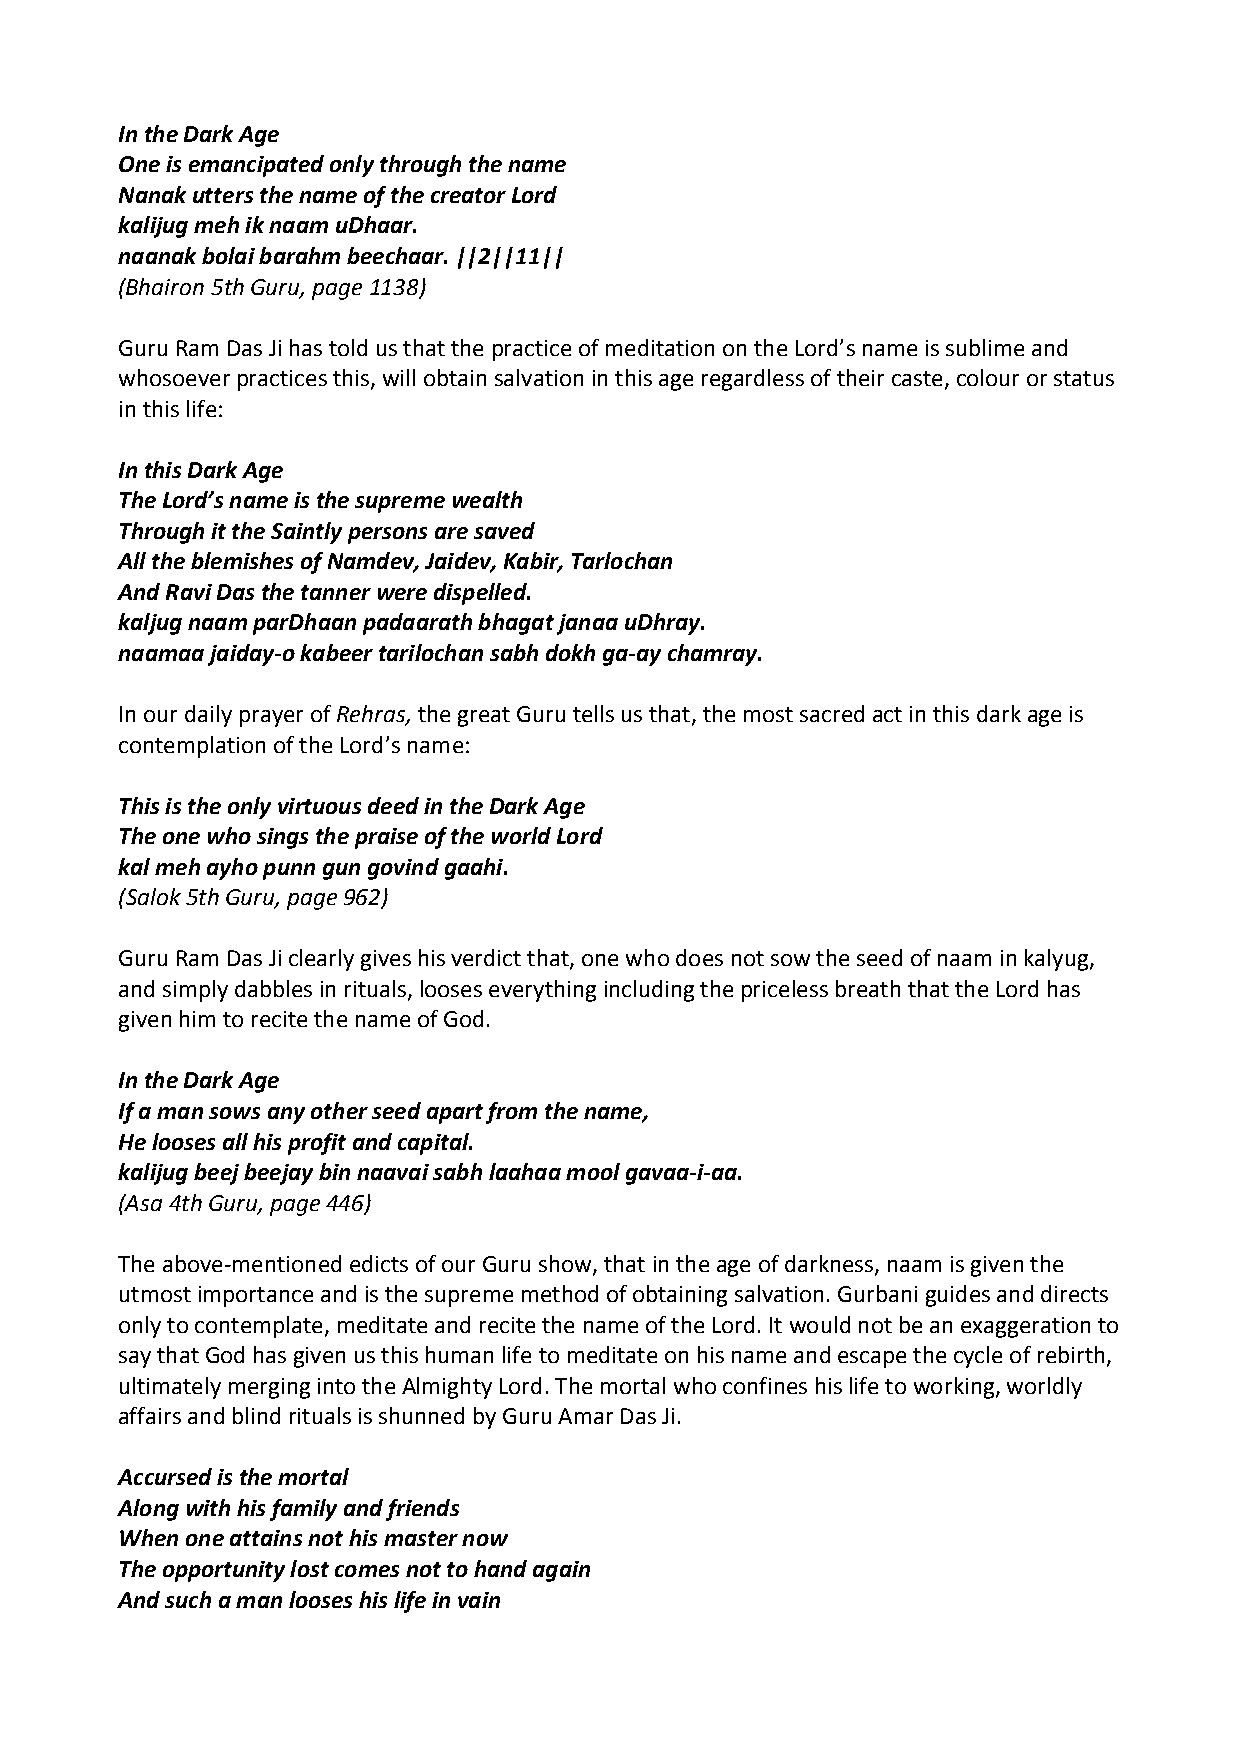
In the Dark Age
 One is emancipated only through the name
 Nanak utters the name of the creator Lord
 kalijug meh ik naam uDhaar.
 naanak bolai barahm beechaar. ||2||11||
 (Bhairon 5th Guru, page 1138)
 Guru Ram Das Ji has told us that the practice of meditation on the Lord’s name is sublime and
 whosoever practices this, will obtain salvation in this age regardless of their caste, colour or status
 in this life:
 In this Dark Age
 The Lord’s name is the supreme wealth
 Through it the Saintly persons are saved
 All the blemishes of Namdev, Jaidev, Kabir, Tarlochan
 And Ravi Das the tanner were dispelled.
 kaljug naam parDhaan padaarath bhagat janaa uDhray.
 naamaa jaiday‐o kabeer tarilochan sabh dokh ga‐ay chamray.
 In our daily prayer of Rehras, the great Guru tells us that, the most sacred act in this dark age is
 contemplation of the Lord’s name:
 This is the only virtuous deed in the Dark Age
 The one who sings the praise of the world Lord
 kal meh ayho punn gun govind gaahi.
 (Salok 5th Guru, page 962)
 Guru Ram Das Ji clearly gives his verdict that, one who does not sow the seed of naam in kalyug,
 and simply dabbles in rituals, looses everything including the priceless breath that the Lord has
 given him to recite the name of God.
 In the Dark Age
 If a man sows any other seed apart from the name,
 He looses all his profit and capital.
 kalijug beej beejay bin naavai sabh laahaa mool gavaa‐i‐aa.
 (Asa 4th Guru, page 446)
 The above‐mentioned edicts of our Guru show, that in the age of darkness, naam is given the
 utmost importance and is the supreme method of obtaining salvation. Gurbani guides and directs
 only to contemplate, meditate and recite the name of the Lord. It would not be an exaggeration to
 say that God has given us this human life to meditate on his name and escape the cycle of rebirth,
 ultimately merging into the Almighty Lord. The mortal who confines his life to working, worldly
 affairs and blind rituals is shunned by Guru Amar Das Ji.
 Accursed is the mortal
 Along with his family and friends
 When one attains not his master now
 The opportunity lost comes not to hand again
 And such a man looses his life in vain